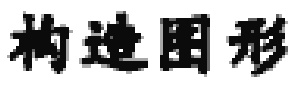
构造图形